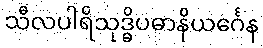
သီလပါရိသုဒ္ဓိပဓာနိယင်္ဂေန